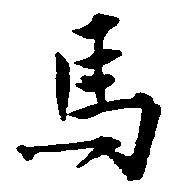
馬